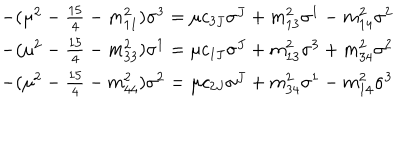
\begin{array} { l } { { - ( \mu ^ { 2 } - \frac { 1 5 } { 4 } - m _ { 1 1 } ^ { 2 } ) \sigma ^ { 3 } = \mu c _ { 3 J } \sigma ^ { J } + m _ { 1 3 } ^ { 2 } \sigma ^ { 1 } - m _ { 1 4 } ^ { 2 } \sigma ^ { 2 } } } \\ { { - ( \mu ^ { 2 } - \frac { 1 5 } { 4 } - m _ { 3 3 } ^ { 2 } ) \sigma ^ { 1 } = \mu c _ { 1 J } \sigma ^ { J } + m _ { 1 3 } ^ { 2 } \sigma ^ { 3 } + m _ { 3 4 } ^ { 2 } \sigma ^ { 2 } } } \\ { { - ( \mu ^ { 2 } - \frac { 1 5 } { 4 } - m _ { 4 4 } ^ { 2 } ) \sigma ^ { 2 } = \mu c _ { 2 J } \sigma ^ { J } + m _ { 3 4 } ^ { 2 } \sigma ^ { 1 } - m _ { 1 4 } ^ { 2 } \sigma ^ { 3 } } } \\ \end{array}